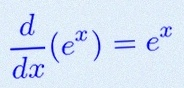
\frac{d}{dx}(e^x)=e^x